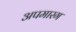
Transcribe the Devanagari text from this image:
अपमारग